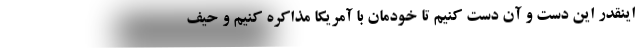
اینقدر این دست و آن دست کنیم تا خودمان با آمریکا مذاکره کنیم و حیف